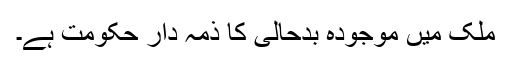
ملک میں موجودہ بدحالی کا ذمہ دار حکومت ہے۔